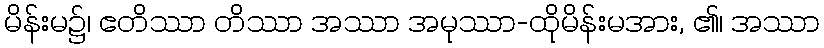
မိန်းမ၌၊ ဧတိဿာ တိဿာ အဿာ အမုဿာ-ထိုမိန်းမအား, ၏၊ အဿာ